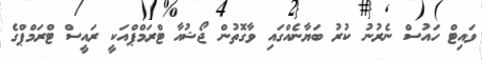
ވައިޓް ހައުސް ނެރުނު ކުރު ބަޔާނެއްގައި ވާގޮތުން ޖޯޝުއާ ޓްރަމްޕްއަކީ ރައީސް ޓްރަމްޕްގެ